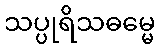
သပ္ပုရိသဓမ္မေ